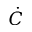
\dot { C }